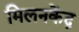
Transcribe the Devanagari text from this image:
मिलनकेंद्र